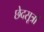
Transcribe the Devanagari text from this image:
छेदसूत्रों